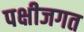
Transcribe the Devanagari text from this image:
पक्षीजगत